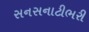
સનસનાટીભરી